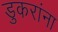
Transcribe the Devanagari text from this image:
डुकरांना